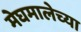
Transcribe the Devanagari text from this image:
मेघमालेच्या